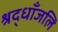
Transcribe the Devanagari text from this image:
श्रद्धाँजलि